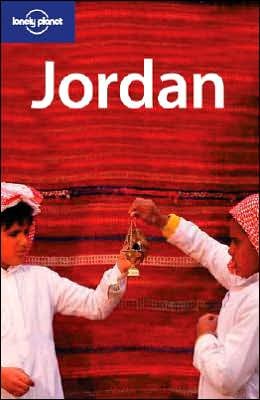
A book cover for Lonely Planet Jordan (Country Guide); Bradley Mayhew; Travel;